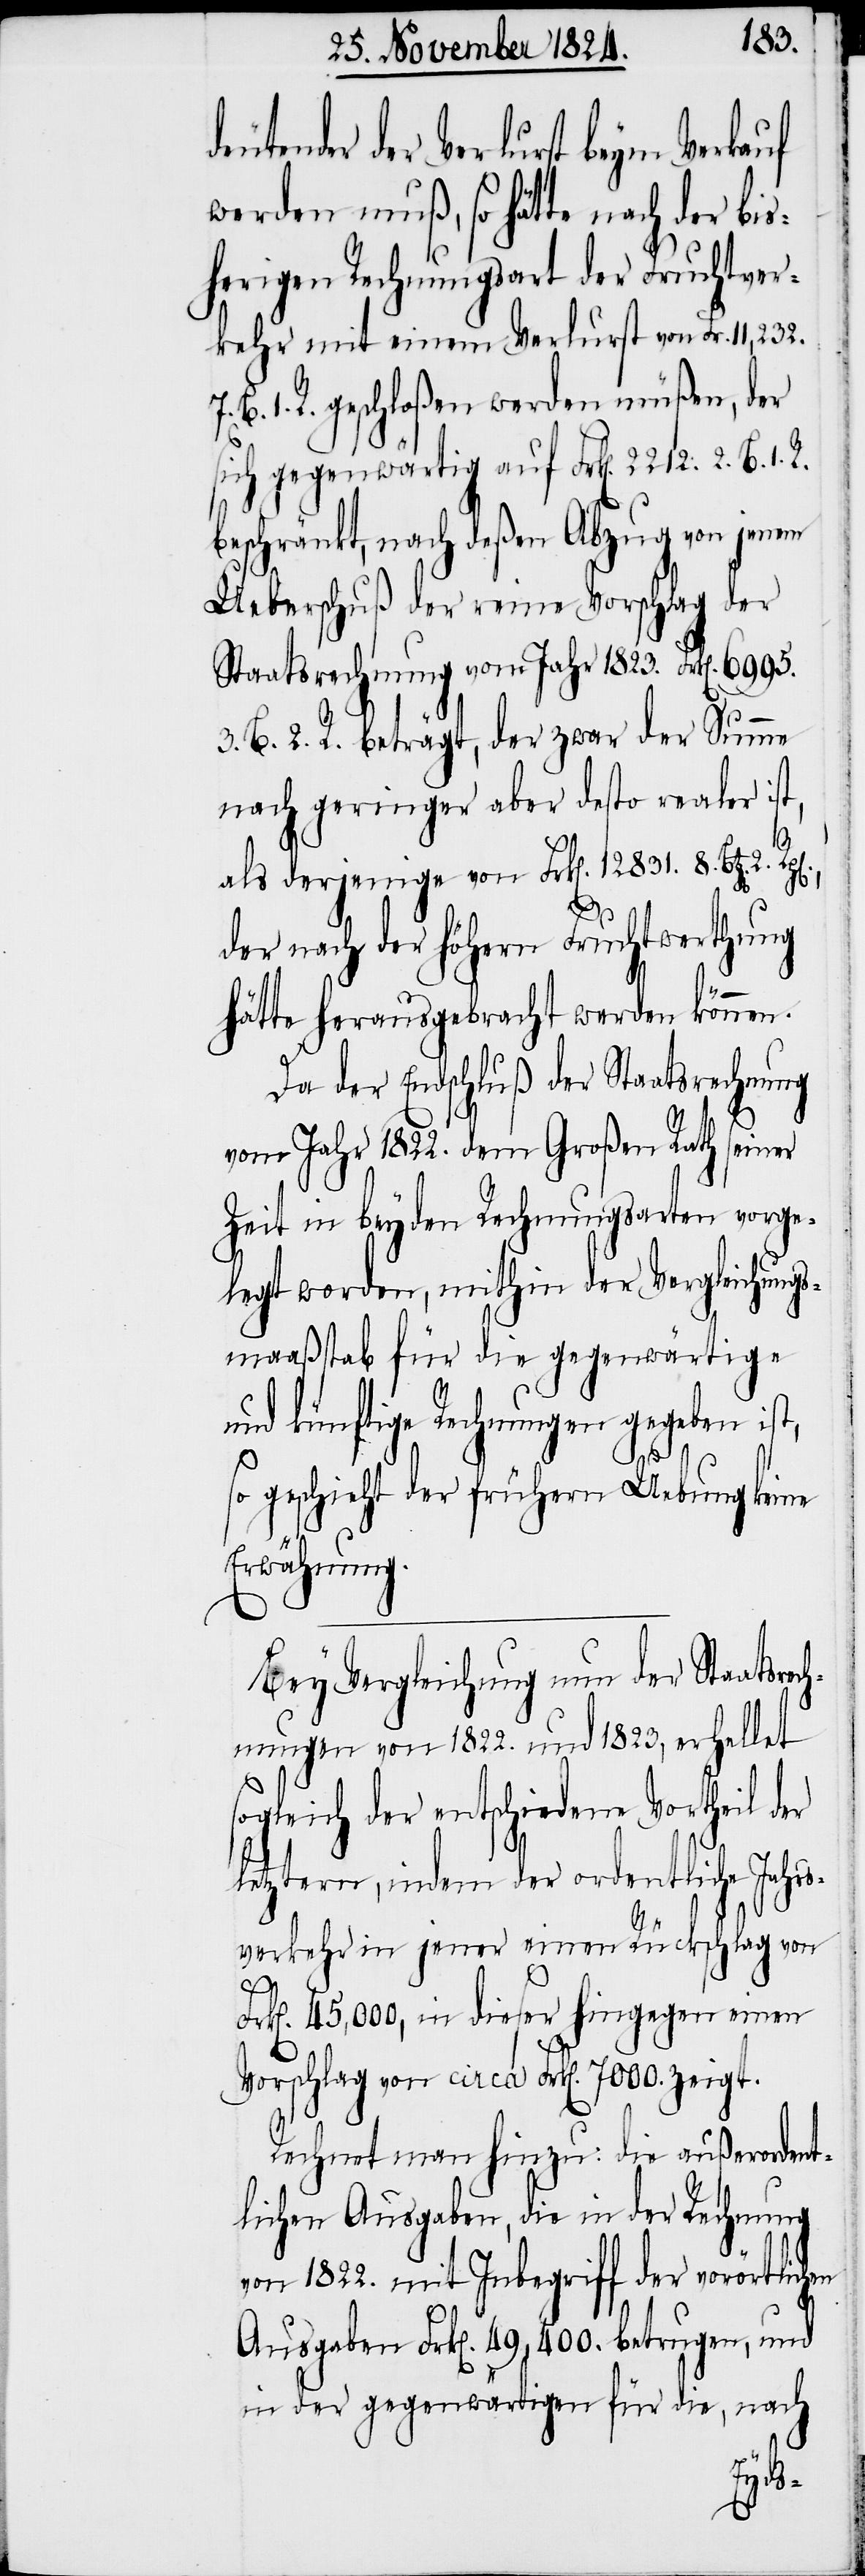
deutender der Verlurst von Frk[e¬
1. R. geschloßen werden müßen, der
sich gegenwärtig auf Frk[en]. 2212. 2. B.
beschränkt, nach deßen Abzug von jenem
Ueberschuß der reine Vorschlag der
Staatsrechnung vom Jahr 1823. Frk[en].
3. B. 2. R. beträgt, der zwar der Summe
nach geringer aber desto realer ist,
t,
als derjenige von Frk[en]. 12831. 8. Btz[en].
der nach der höhern Fruchtwerthung
hätte herausgebracht werden können.
Da der Endschluß der Staatsrechnung
vom Jahr 1822. dem großen Rath seiner
Zeit in beyden Rechnungsarten vorge¬
legt worden, mithin der Vergleichungs¬
maaßstrab für die gegenwärtige
und künftige Rechnungen gegeben is¬
so geschieht der frühern Uebung keine
Erwähnung.
Bey Vergleichung nun der Staatsrech¬
nungen von 1822. und 1823, erhellet
sogleich der entschiedene Vortheil der
letztern, indem der ordentliche Jahr¬
sverkehr in jener einen Rückschlag von
Frk[en]. 45,000, in dieser hingegen einen
Vorschlag von circa Frk[en]. 7000. zeigt.
Rechnet man hinzu: die außerordent¬
lichen Ausgaben, die in der Rechnung
von 1822. mit Inbegriff der vorörtlichen
Ausgaben Frk[en]. 49,400. betrugen, und
in der gegenwärtig für die, nach
n].

7.